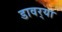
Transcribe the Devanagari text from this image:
डावर्‍या